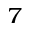
^ 7